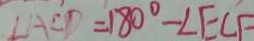
\angle A C D = 1 8 0 ^ { \circ } - \angle E C F